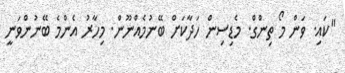
"ކައި. ވަން މޯ ތިންގް. މެޑިސިން ހަދާކަށް ބޭނުމެއްނޫން. މިހާރު އެންމެ ބޭނުންވަނީ